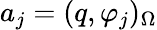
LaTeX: a_{j}=(q,\varphi_{j})_{\Omega}